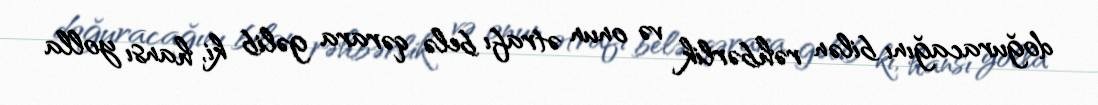
doğuracağını bilən rəhbərlik və onun ətrafı belə qərara gəlib ki, hansı yolla